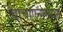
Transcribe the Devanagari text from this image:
चाचोएन्गसाओ